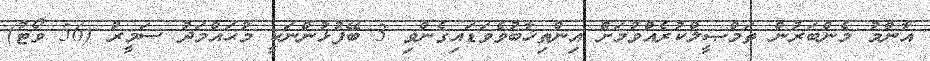
އާންމު މެންބަރުން ތަމްޞީލްކުރެއްވުމަށް އިންތިޚާބުވެވަޑައިގެންވި 3 ބޭފުޅުންނަކީ މުޙައްމަދު ސަމީރު (56 ވޯޓު)